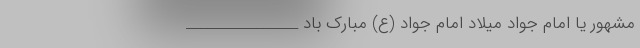
مشهور یا امام جواد میلاد امام جواد (ع) مبارک باد ________________